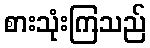
စားသုံးကြသည်